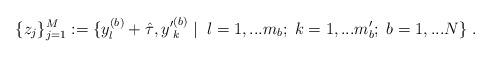
LaTeX: \begin{align*}\{ z_j \}_{j=1}^M :=\{ y_l^{(b)} +\hat{\tau} , {y^\prime}^{(b)}_k \; | \; \;l = 1,...m_b ; \; k = 1,...m^\prime_b ; \; b = 1,...N \} \; .\end{align*}